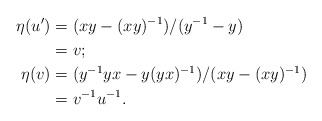
\begin{align*}\eta(u') &= (xy - (xy)^{-1})/(y^{-1} - y)\\& = v; \\\eta(v) &= (y^{-1}yx - y(yx)^{-1})/(xy - (xy)^{-1}) \\&= v^{-1}u^{-1}.\end{align*}